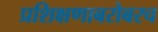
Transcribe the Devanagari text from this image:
प्रशिक्षणाबरोबरच